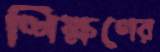
শিক্ষণের